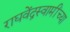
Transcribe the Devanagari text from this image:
राघवेंद्रस्वामींच्या